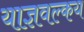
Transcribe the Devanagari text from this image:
याज्ञवल्‍कय